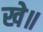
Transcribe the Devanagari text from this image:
खे॥